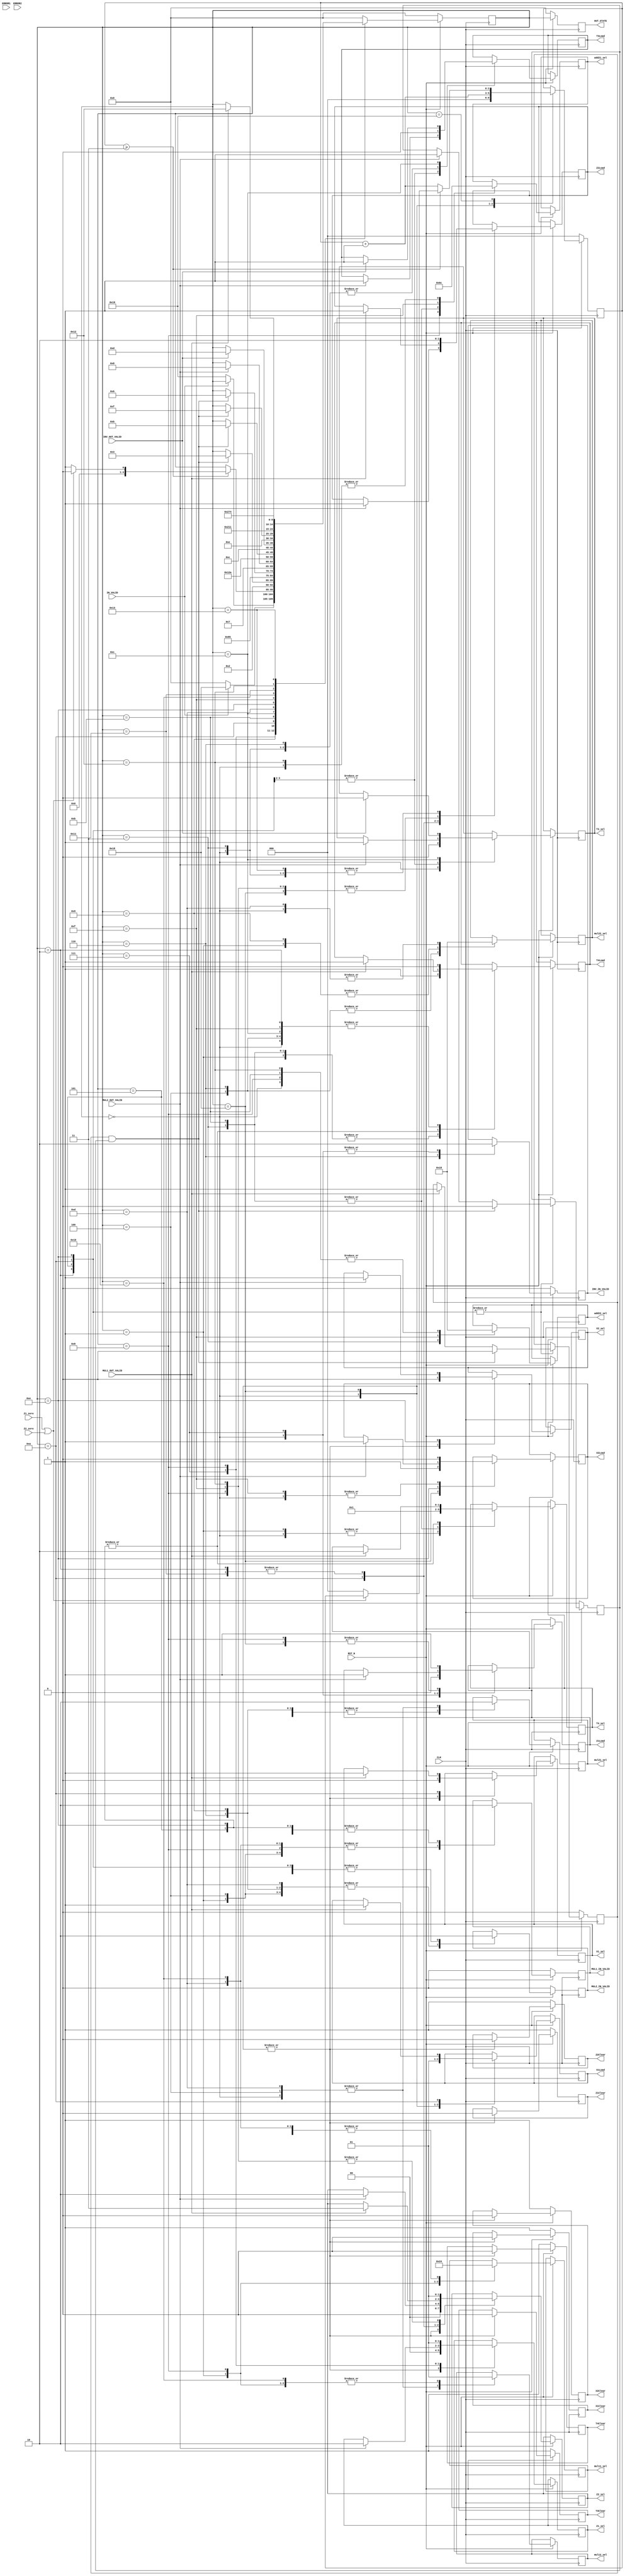
`timescale 1ns / 1ps 
//////////////////////////////////////////////////////////////////////////////////
// Company:
// Engineer:
//
// Design Name:
// Module Name:    Mxy_fsm
// Project Name:
// Target Devices:
// Tool versions:
// Description:
//
// Dependencies:
//
// Revision:
// Revision 0.01 - File Created
// Additional Comments:
//
//////////////////////////////////////////////////////////////////////////////////
module Mxy_fsm(
           CLK,
           RST_N,
           ERROR1,
           ERROR2,
           MUL1_OUT_VALID,
           MUL2_OUT_VALID,
           INV_OUT_VALID,
           IN_VALID,
           Z1_zero,
           Z2_zero,
           mul11_sel,
           mul12_sel,
           mul21_sel,
           mul22_sel,
           add21_sel,
           add22_sel,
           Z1_sel,
           Z2_sel,
           X1_sel,
           X2_sel,
           T3_sel,
           T4_sel,
           T3Clear,
           T3Load,
           T4Clear,
           T4Load,
           Z1Clear,
           Z1Load,
           Z2Clear,
           Z2Load,
           X1Clear,
           X1Load,
           X2Clear,
           X2Load,
           MUL1_IN_VALID,
           MUL2_IN_VALID,
           INV_IN_VALID,
           OUT_STATE
       );

input CLK;
input RST_N;
input ERROR1, ERROR2;
input IN_VALID;
input INV_OUT_VALID;
input MUL1_OUT_VALID;
input MUL2_OUT_VALID;
input Z1_zero;
input Z2_zero;

output reg MUL1_IN_VALID;
output reg MUL2_IN_VALID;
output reg INV_IN_VALID;

output reg [1: 0] mul11_sel;
output reg mul12_sel;
output reg mul21_sel;
output reg [1: 0] mul22_sel;

output reg [1: 0] add21_sel;
output reg [1: 0] add22_sel;

output reg [1: 0] Z1_sel;
output reg [1: 0] Z2_sel;
output reg [1: 0] T4_sel;
output reg T3_sel;
output reg X1_sel;
output reg X2_sel;


output reg T3Clear;
output reg T3Load;
output reg T4Clear;
output reg T4Load;
output reg Z1Clear;
output reg Z1Load;
output reg Z2Clear;
output reg Z2Load;
output reg X1Clear;
output reg X1Load;
output reg X2Clear;
output reg X2Load;

output reg [4: 0] OUT_STATE;
reg [4: 0] state;

reg mul1_out_valid_tmp;
reg mul2_out_valid_tmp;
reg [2: 0] wait_cnt;

parameter
    IDLE = 5'b00000,
    INIT = 5'b11000,
    PRE_JUDGE = 5'b11001,
    START = 5'b00001,
    END = 5'b10011;

always @(posedge CLK) begin
    if (!RST_N) begin
        mul1_out_valid_tmp <= 0;
        mul2_out_valid_tmp <= 0;
        MUL1_IN_VALID <= 0;
        MUL2_IN_VALID <= 0;
        INV_IN_VALID <= 0;
        wait_cnt <= 0;

        state <= IDLE;
        OUT_STATE <= 0;

        T3Clear <= 1;
        T4Clear <= 1;
        Z1Clear <= 1;
        Z2Clear <= 1;
        X1Clear <= 1;
        X2Clear <= 1;
    end
    else begin
        OUT_STATE <= state;
        case (state)
            IDLE: begin
                T3Clear <= 0;
                T3Load <= 0;

                T4Clear <= 0;
                T4Load <= 0;

                Z1Clear <= 0;
                Z1Load <= 0;

                Z2Clear <= 0;
                Z2Load <= 0;

                X1Clear <= 0;
                X1Load <= 0;

                X2Clear <= 0;
                X2Load <= 0;

                Z1_sel <= 0;
                Z2_sel <= 0;
                T3_sel <= 0;
                T4_sel <= 0;
                X1_sel <= 0;
                X2_sel <= 0;

                mul11_sel <= 0;
                mul12_sel <= 0;
                mul21_sel <= 0;
                mul22_sel <= 0;

                add21_sel <= 0;
                add22_sel <= 0;

                MUL1_IN_VALID <= 0;
                MUL2_IN_VALID <= 0;
                INV_IN_VALID <= 0;

                wait_cnt <= 0;

                if (IN_VALID) begin
                    state <= INIT;
                end
                else begin
                    state <= IDLE;
                end
            end
            INIT: begin
                //
                T3Clear <= 0;
                T4Clear <= 0;
                X1Clear <= 0;
                X2Clear <= 0;
                Z1Clear <= 0;
                Z2Clear <= 0;

                Z1Load <= 1;
                Z1_sel <= 2'b00;

                Z2Load <= 1;
                Z2_sel <= 2'b00;

                X1Load <= 1;
                X1_sel <= 0;

                X2Load <= 1;
                X2_sel <= 0;

                wait_cnt <= wait_cnt + 1'b1;
                if (!IN_VALID) begin
                    state <= PRE_JUDGE;
                end
            end
            PRE_JUDGE: begin
                //loadZ1Z2
                if (wait_cnt >= 3'b011) begin
                    if (Z1_zero | Z2_zero) begin
                        state <= IDLE;
                    end
                    else begin
                        wait_cnt <= 0;
                        state <= START;
                    end
                end
                else begin
                    wait_cnt <= wait_cnt + 1'b1;
                end
            end
            START: begin
                //Z2=T1*Z2 start
                MUL1_IN_VALID <= 1;
                mul11_sel <= 2'b10;
                mul12_sel <= 1;

                //T3=Z1*Z2 start
                MUL2_IN_VALID <= 1;
                mul21_sel <= 1;
                mul22_sel <= 2'b10;

                //T4=T1^2
                T4_sel <= 2'b00;
                T4Load <= 1;
                state <= 5'b00010;
            end

            5'b00010: begin
                MUL1_IN_VALID <= 0;
                MUL2_IN_VALID <= 0;
                T4Load <= 0;
                

                //Z2=T1*Z2 finish
                if (MUL1_OUT_VALID == 1) begin
                    mul1_out_valid_tmp <= 1;
                    Z2Load <= 1;
                    Z2_sel <= 2'b11;
                end
                //T3=Z1*Z2 finish
                if (MUL2_OUT_VALID == 1) begin
                    mul2_out_valid_tmp <= 1;
                    T3Load <= 1;
                    T3_sel <= 1;
                end
                if (mul1_out_valid_tmp == 1 && mul2_out_valid_tmp == 1) begin
                    state <= 5'b00011;
                    mul1_out_valid_tmp <= 0;
                    mul2_out_valid_tmp <= 0;
                end

            end
            5'b00011: begin

                Z2Load <= 0;
                T3Load <= 0;

                //T4=T4+T2
                add21_sel <= 2'b10;
                add22_sel <= 2'b01;

                T4Load <= 1;
                T4_sel <= 2'b01;

                state <= 5'b00100;
            end
            5'b00100: begin
                $display("state 5'b00100\n");
                T4Load <= 0;

                //T4=T4*T3
                MUL1_IN_VALID <= 1;
                mul11_sel <= 2'b00;
                mul12_sel <= 0;

                //T3=T3*T1
                MUL2_IN_VALID <= 1;
                mul21_sel <= 0;
                mul22_sel <= 2'b01;

                state <= 5'b00101;
            end
            5'b00101: begin

                MUL1_IN_VALID <= 0;
                MUL2_IN_VALID <= 0;

                if (MUL1_OUT_VALID == 1) begin
                    mul1_out_valid_tmp <= 1;
                    T4Load <= 1;
                    T4_sel <= 2'b10;
                end
                if (MUL2_OUT_VALID == 1) begin
                    mul2_out_valid_tmp <= 1;
                    T3Load <= 1;
                    T3_sel <= 1;
                end
                if (mul1_out_valid_tmp == 1 && mul2_out_valid_tmp == 1) begin
                    state <= 5'b00110;
                    mul1_out_valid_tmp <= 0;
                    mul2_out_valid_tmp <= 0;
                end
            end
            5'b00110: begin
                T3Load <= 0;
                T4Load <= 0;

                //Z1=T1*Z1
                MUL2_IN_VALID <= 1;
                mul21_sel <= 1;
                mul22_sel <= 2'b01;

                //T3=1/T3
                INV_IN_VALID <= 1;

                state <= 5'b00111;
            end
            5'b00111: begin
                INV_IN_VALID <= 0;
                MUL2_IN_VALID <= 0;

                if (MUL2_OUT_VALID == 1) begin
                    state <= 5'b01000;
                    Z1Load <= 1;
                    Z1_sel <= 2'b10;
                end

            end
            5'b01000: begin
                //Z1=X1+Z1
                Z1Load <= 1;
                Z1_sel <= 2'b01;

                //Z2=Z2+X2
                add21_sel <= 2'b01;
                add22_sel <= 2'b00;
                Z2Load <= 1;
                Z2_sel <= 2'b01;

                //X1=X1*Z2
                MUL1_IN_VALID <= 1;
                mul11_sel <= 2'b01; //X1
                mul12_sel <= 1;		//Z2

                state <= 5'b01001;
            end
            5'b01001: begin
                MUL1_IN_VALID <= 0;

                //Z2=Z1*Z2
                MUL2_IN_VALID <= 1;
                mul21_sel <= 1;
                mul22_sel <= 2'b10;

                state <= 5'b01010;
            end
            5'b01010: begin
                MUL2_IN_VALID <= 0;

                if (MUL1_OUT_VALID == 1) begin
                    mul1_out_valid_tmp <= 1;
                    X1Load <= 1;
                    X1_sel <= 1;
                end
                if (MUL2_OUT_VALID == 1) begin
                    mul2_out_valid_tmp <= 1;
                    Z2Load <= 1;
                    Z2_sel <= 2'b10;
                end
                if (mul1_out_valid_tmp == 1 && mul2_out_valid_tmp == 1) begin
                    state <= 5'b01011;
                    mul1_out_valid_tmp <= 0;
                    mul2_out_valid_tmp <= 0;
                end
            end
            5'b01011: begin
                //T4=Z2+T4
                add21_sel <= 2'b10;
                add22_sel <= 2'b00;
                T4Load <= 1;
                T4_sel <= 2'b01;

                state <= 5'b01100;
            end
            5'b01100: begin
                T4Load <= 0;
                if (INV_OUT_VALID == 1) begin
                    T3Load <= 1;
                    T3_sel <= 0;
                    state <= 5'b01101;
                end
            end
            5'b01101: begin
                //T4=T3*T4
                MUL1_IN_VALID <= 1;
                mul11_sel <= 2'b00;	//T4
                mul12_sel <= 0;		//T3

                //X2=T3*X1
                MUL2_IN_VALID <= 1;
                mul21_sel <= 0;
                mul22_sel <= 2'b00;

                state <= 5'b01110;
            end
            5'b01110: begin
                MUL1_IN_VALID <= 0;
                MUL2_IN_VALID <= 0;

                if (MUL1_OUT_VALID == 1) begin

                    mul1_out_valid_tmp <= 1;
                    T4Load <= 1;
                    T4_sel <= 2'b10;
                end
                if (MUL2_OUT_VALID == 1) begin
                    mul2_out_valid_tmp <= 1;
                    X2Load <= 1;
                    X2_sel <= 1;
                end
                if (mul1_out_valid_tmp == 1 && mul2_out_valid_tmp == 1) begin
                    state <= 5'b01111;
                    mul1_out_valid_tmp <= 0;
                    mul2_out_valid_tmp <= 0;
                end
            end
            5'b01111: begin
                T4Load <= 0;
                X2Load <= 0;

                //Z2=X2+T1
                add21_sel <= 2'b11;
                add22_sel <= 2'b10;
                Z2Load <= 1;
                Z2_sel <= 2'b01;

                state <= 5'b10000;
            end
            5'b10000: begin
                //Z2=Z2*T4
                MUL1_IN_VALID <= 1;
                mul11_sel <= 2'b00;
                mul12_sel <= 1;

                state <= 5'b10001;
            end
            5'b10001: begin
                MUL1_IN_VALID <= 0;
                if (MUL1_OUT_VALID == 1) begin
                    Z2Load <= 1;
                    Z2_sel <= 2'b11;
                    state <= 5'b10010;
                end
            end
            5'b10010: begin
                //Z2=Z2+T2
                add21_sel <= 2'b00;
                add22_sel <= 2'b00;
                Z2Load <= 1;
                Z2_sel <= 2'b01;
                state <= 5'b10011;
            end
            END: begin
                Z2Load <= 0;
                state <= 5'b10100;
            end
            default: begin
                state <= IDLE;
            end
        endcase
    end

end

endmodule